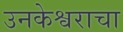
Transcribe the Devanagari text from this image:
उनकेश्वराचा